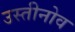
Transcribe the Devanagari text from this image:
उस्तीनोव